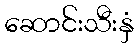
ဆောင်းသီးနှံ